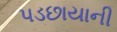
પડછાયાની